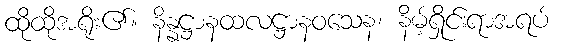
ထိုထိုအရိုး၏။ နိန္နဋ္ဌာနထလဋ္ဌာနဝသေန၊ နိမ့်ရှိုင်းရာအရပ်